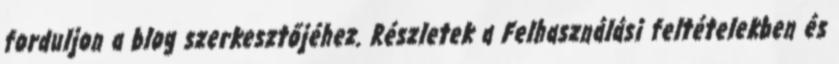
forduljon a blog szerkesztőjéhez. Részletek a Felhasználási feltételekben és